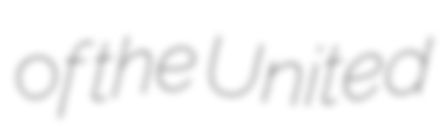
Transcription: of the United